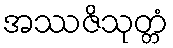
အဿဇိသုတ္တံ